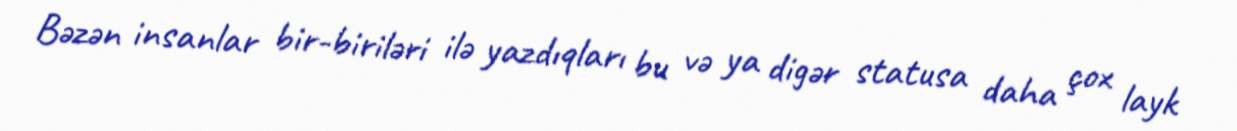
Bəzən insanlar bir-biriləri ilə yazdıqları bu və ya digər statusa daha çox layk